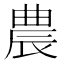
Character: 農